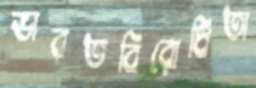
ভারতবিরোধিতা